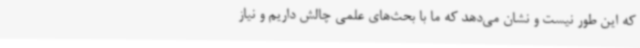
که این طور نیست و نشان می‌دهد که ما با بحث‌های علمی چالش داریم و نیاز